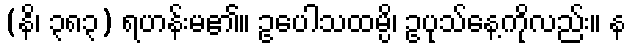
(နိ၊ ၃၈၃) ရဟန်းမ၏။ ဥပေါသထမ္ပိ၊ ဥပုသ်နေ့ကိုလည်း။ န